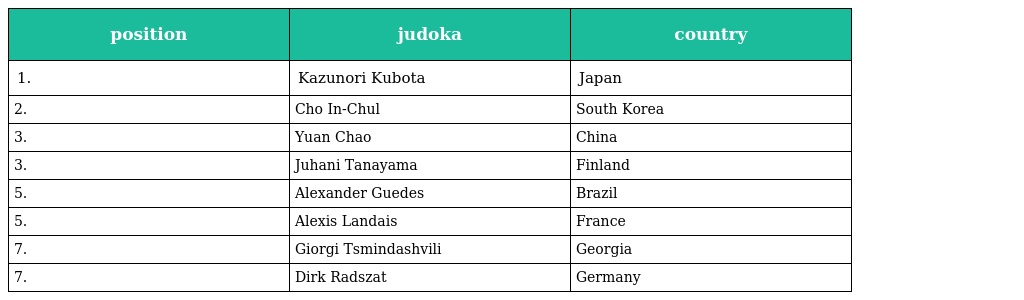
| position | judoka | country |
 | --- | --- | --- |
 | 1. | Kazunori Kubota | Japan |
 | 2. | Cho In-Chul | South Korea |
 | 3. | Yuan Chao | China |
 | 3. | Juhani Tanayama | Finland |
 | 5. | Alexander Guedes | Brazil |
 | 5. | Alexis Landais | France |
 | 7. | Giorgi Tsmindashvili | Georgia |
 | 7. | Dirk Radszat | Germany |